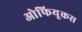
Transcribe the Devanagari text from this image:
ओफियूकस